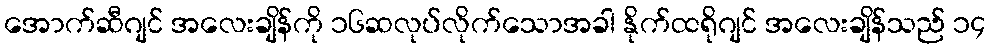
အောက်ဆီဂျင် အလေးချိန်ကို ၁၆ဆလုပ်လိုက်သောအခါ နိုက်ထရိုဂျင် အလေးချိန်သည် ၁၄